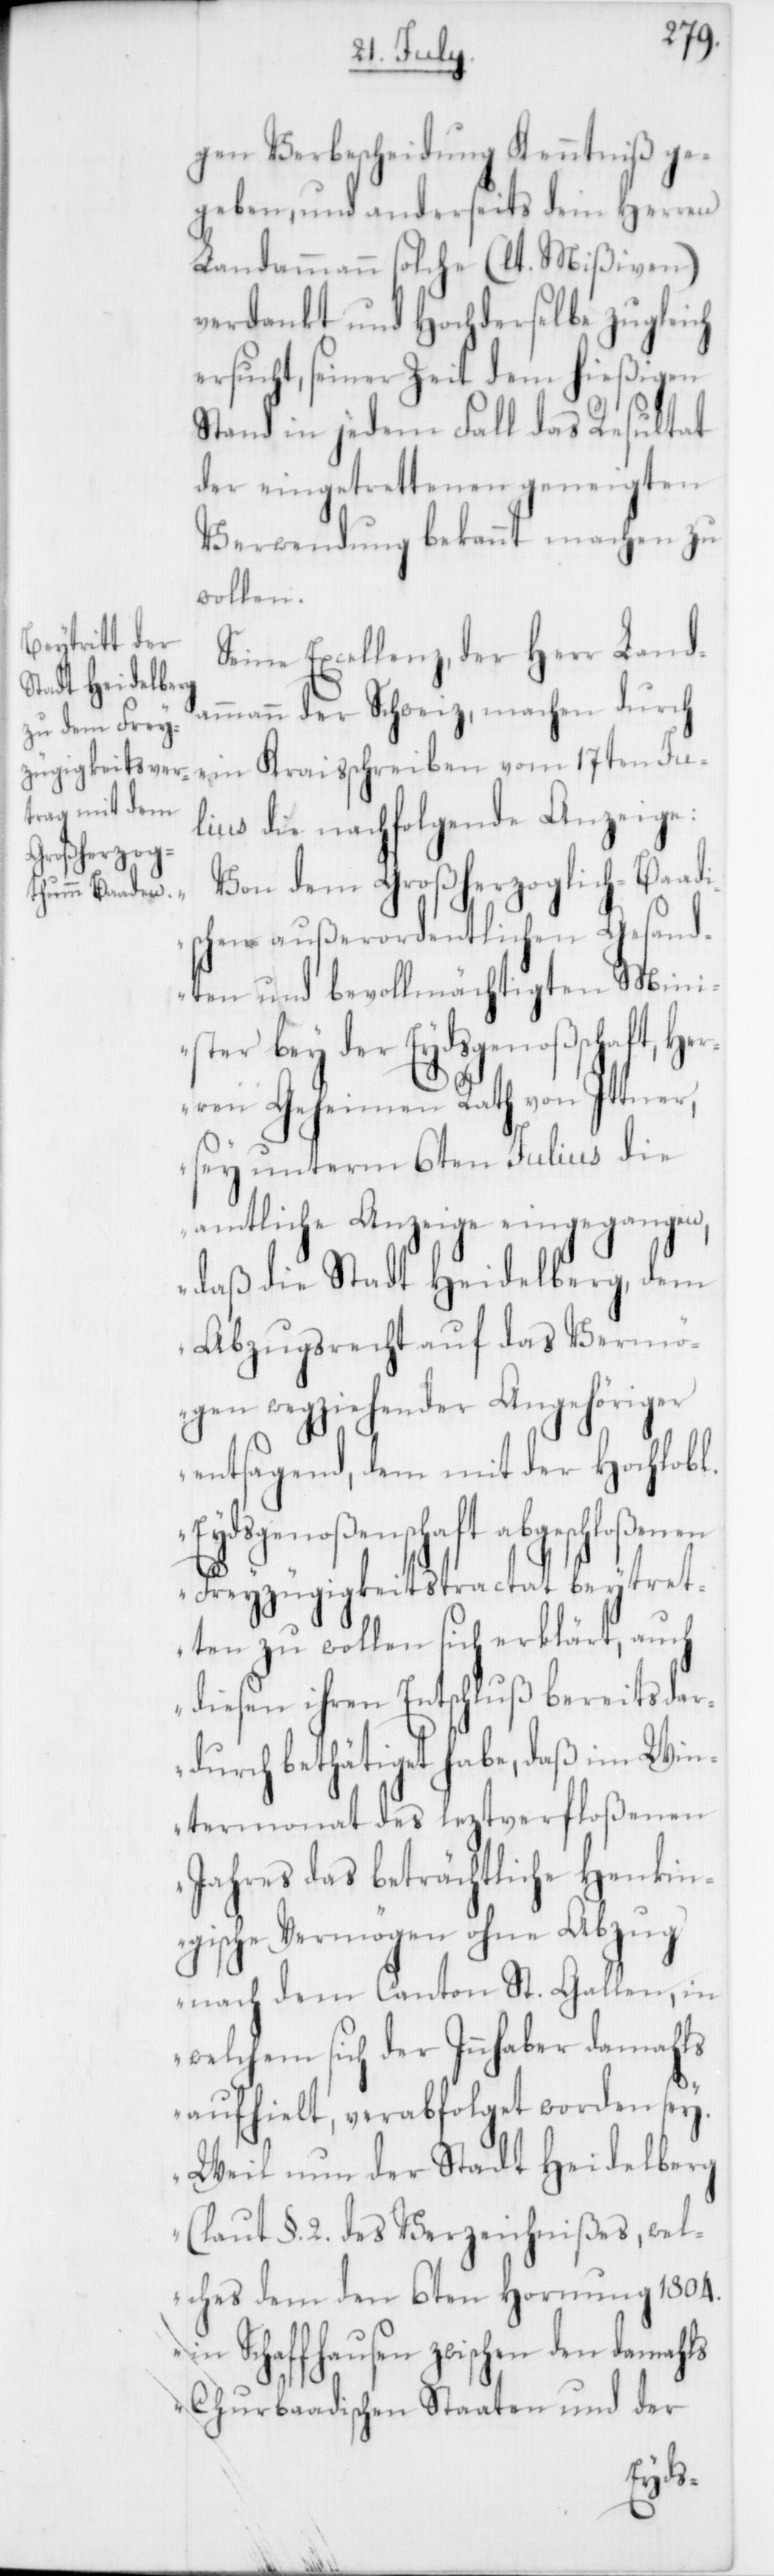
ft, Her¬
gen Verbescheidung Kenntniß ge¬
geben, und anderseits dem Herren
Landammann solche (lt. Mißiven)
verdankt und Hochderselbe zugleich
ersucht, seiner Zeit dem hießigen
Stand in jedem Fall das Resultat
der eingetrettenen geneigten
Verwendung bekannt machen zu
wollen.
Seine Excellenz der Herr Land¬
ammann der Schweiz, machen durch
ein Kraisschreiben vom 17ten Ju¬
lius die nachfolgende Anzeige:
„Von dem Großherzoglich-Baadi¬
schen außerordentlichen Gesand¬
ten und bevollmächtigten Min¬
ister bey der Eydsgenoßenscha¬
ren Geheimen Rath von Ittner,
sey unterm 6ten Julius die
amtliche Anzeige eingegangen,
daß die Stadt Heidelberg dem
Abzugsrecht auf das Vermö¬
gen wegziehender Angehöriger
entsagend, dem mit der Hochlobl.
Eydsgenoßenschaft abgeschloßenen
Freyzügigkeitstractat beytret¬
ten zu wollen sich erklärt, auch
diesen ihren Entschluß bereits dar¬
durch bethätiget habe, daß im Win¬
termonat des leztverfloßenen
Jahres das beträchtliche Henkin¬
gische Vermögen ohne Abzug
nach dem Canton St. Gallen, in
welchem sich der Innhaber damahls
aufhielt, verabfolget worden sey.
Weil nun der Stadt Heidelberg
(laut §. 2. des Verzeichnißes, wel¬
ches dem den 6ten Hornung 1804.
in Schaffhausen zwischen den damahls
Churbaadischen Staaten und der